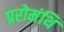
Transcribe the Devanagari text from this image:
प्ररोमंथि